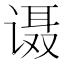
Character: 𰵹